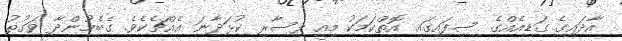
އާދައިގެ ގަޑިއެއްގެ ސިފައިގައި އޮތްކަމަކު މިއީ ފިސާރި ކުޅަދާނަ އެއްޗެކެވެ. ގެބެމުންދާ ވަގުތު